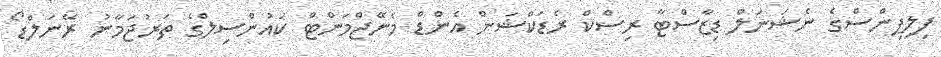
ފިލިޕިންސްގެ ނެޝަނަލް ޑިޒާސްޓާ ރިސްކް ރެޑަކްޝަން އެންޑް މެނޭޖްމަންޓް ކައުންސިލްގެ ތަރުޖަމާނު ރޭނަލްޑޯ